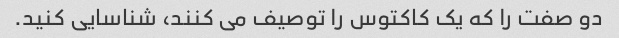
دو صفت را که یک کاکتوس را توصیف می کنند، شناسایی کنید.